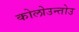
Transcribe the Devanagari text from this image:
कोलोउन्तोउ